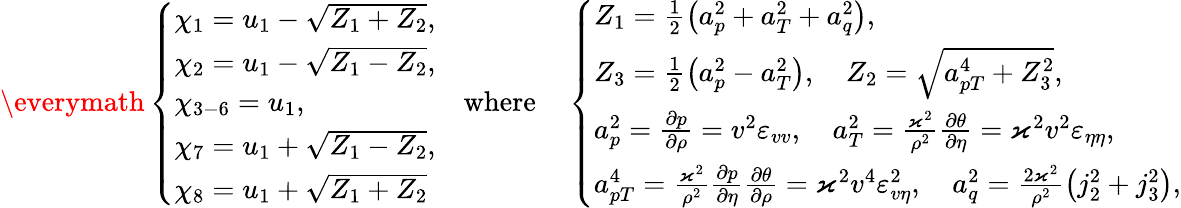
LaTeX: \begin{array}{r}{\everymath{\displaystyle}\left\{ \begin{array}{ll}{\chi_{1}=u_{1}-\sqrt{Z_{1}+Z_{2}},}\\ {\chi_{2}=u_{1}-\sqrt{Z_{1}-Z_{2}},}\\ {\chi_{3-6}=u_{1},}\\ {\chi_{7}=u_{1}+\sqrt{Z_{1}-Z_{2}},}\\ {\chi_{8}=u_{1}+\sqrt{Z_{1}+Z_{2}}}\end{array}\right.\quad\mathrm{where}\quad\left\{ \begin{array}{ll}{Z_{1}=\frac{1}{2}\left(a_{p}^{2}+a_{T}^{2}+a_{q}^{2}\right),}\\ {Z_{3}=\frac{1}{2}\left(a_{p}^{2}-a_{T}^{2}\right),\quad Z_{2}=\sqrt{a_{pT}^{4}+Z_{3}^{2}},}\\ {a_{p}^{2}=\frac{\partial p}{\partial\rho}=v^{2}\varepsilon_{vv},\quad a_{T}^{2}=\frac{\varkappa^{2}}{\rho^{2}}\frac{\partial\theta}{\partial\eta}=\varkappa^{2}v^{2}\varepsilon_{\eta\eta},}\\ {a_{pT}^{4}=\frac{\varkappa^{2}}{\rho^{2}}\frac{\partial p}{\partial\eta}\frac{\partial\theta}{\partial\rho}=\varkappa^{2}v^{4}\varepsilon_{v\eta}^{2},\quad a_{q}^{2}=\frac{2\varkappa^{2}}{\rho^{2}}\left(j_{2}^{2}+j_{3}^{2}\right),}\end{array}\right.}\end{array}